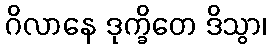
ဂိလာနေ ဒုက္ခိတေ ဒိသွာ၊